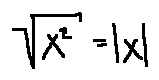
\sqrt { x ^ { 2 } } = | x |